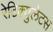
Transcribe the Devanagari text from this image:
रेटिक्युलेटस